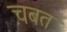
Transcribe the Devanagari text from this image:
चबत